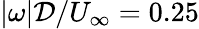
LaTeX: \vert\omega\vert\mathcal{D}/U_{\infty}=0.25